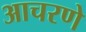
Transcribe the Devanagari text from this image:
आचरणे